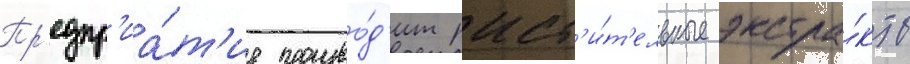
Пр'едпр'иа́т'ие произво́д'ит раст'и́т'ельные экстра́кты